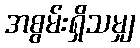
အစွမ်းရှိသမျှ